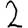
Digit: 2